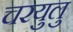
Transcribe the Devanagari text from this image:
चरयुलु